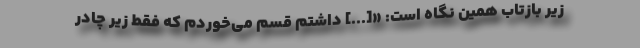
زیر بازتاب همین نگاه است: «[...] داشتم قسم می‌خوردم که فقط زیر چادر